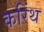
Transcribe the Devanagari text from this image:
करिंथ